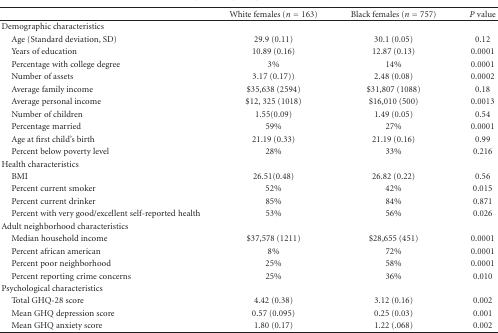
|  | White females (n = 163) | Black females (n = 757) | P value |
 | --- | --- | --- | --- |
 | Demographic characteristics |  |  |  |
 | Age (Standard deviation, SD) | 29.9 (0.11) | 30.1 (0.05) | 0.12 |
 | Years of education | 10.89 (0.16) | 12.87 (0.13) | 0.0001 |
 | Percentage with college degree | 3% | 14% | 0.0001 |
 | Number of assets | 3.17 (0.17)) | 2.48 (0.08) | 0.0002 |
 | Average family income | $35,638 (2594) | $31,807 (1088) | 0.18 |
 | Average personal income | $12, 325 (1018) | $16,010 (500) | 0.0013 |
 | Number of children | 1.55(0.09) | 1.49 (0.05) | 0.54 |
 | Percentage married | 59% | 27% | 0.0001 |
 | Age at first child's birth | 21.19 (0.33) | 21.19 (0.16) | 0.99 |
 | Percent below poverty level | 28% | 33% | 0.216 |
 | Health characteristics |  |  |  |
 | BMI | 26.51(0.48) | 26.82 (0.22) | 0.56 |
 | Percent current smoker | 52% | 42% | 0.015 |
 | Percent current drinker | 85% | 84% | 0.871 |
 | Percent with very good/excellent self-reported health | 53% | 56% | 0.026 |
 | Adult neighborhood characteristics |  |  |  |
 | Median household income | $37,578 (1211) | $28,655 (451) | 0.0001 |
 | Percent african american | 8% | 72% | 0.0001 |
 | Percent poor neighborhood | 25% | 58% | 0.0001 |
 | Percent reporting crime concerns | 25% | 36% | 0.010 |
 | Psychological characteristics |  |  |  |
 | Total GHQ-28 score | 4.42 (0.38) | 3.12 (0.16) | 0.002 |
 | Mean GHQ depression score | 0.57 (0.095) | 0.25 (0.03) | 0.001 |
 | Mean GHQ anxiety score | 1.80 (0.17) | 1.22 (.068) | 0.002 |